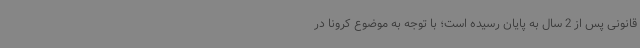
قانونی پس از 2 سال به پایان رسیده است؛ با توجه به موضوع کرونا در